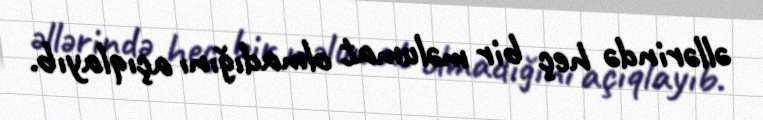
əllərində heç bir məlumat olmadığını açıqlayıb.